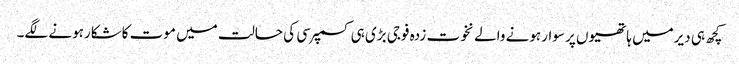
کچھ ہی دیرمیں ہاتھیوں پر سوارہونے والے نخوت زدہ فوجی بڑی ہی کسمپرسی کی حالت میں موت کاشکارہونے لگے۔